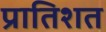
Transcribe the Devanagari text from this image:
प्रातिशत